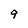
Character: 9